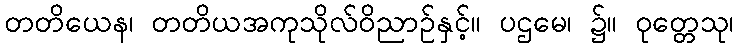
တတိယေန၊ တတိယအကုသိုလ်ဝိညာဉ်နှင့်။ ပဌမေ၊ ၌။ ဝုတ္တေသု၊